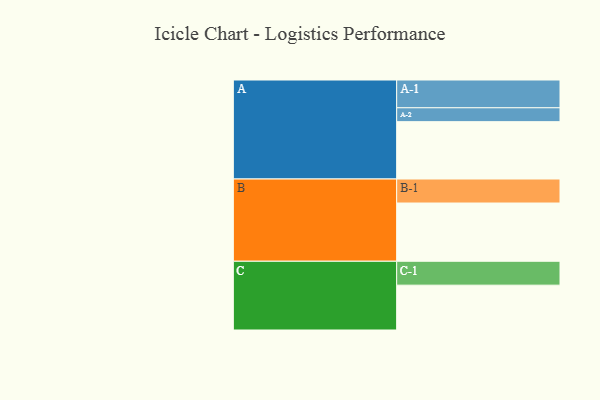
{"axis": {"x": "Segment", "y": "Value"}, "legend": ["", "A", "B", "C"], "data": [{"x": "A", "y": 578, "type": ""}, {"x": "B", "y": 587, "type": ""}, {"x": "C", "y": 452, "type": ""}, {"x": "A-1", "y": 280, "type": "A"}, {"x": "A-2", "y": 140, "type": "A"}, {"x": "B-1", "y": 242, "type": "B"}, {"x": "C-1", "y": 241, "type": "C"}]}